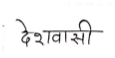
मजकूर: देशवासी